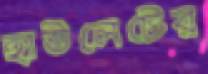
হাউলেটের